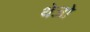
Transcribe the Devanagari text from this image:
थेजो